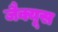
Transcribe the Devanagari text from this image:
जैक्यूस